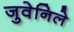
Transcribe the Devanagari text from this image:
जुवेनिले